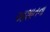
આશાતના